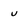
Character: u